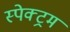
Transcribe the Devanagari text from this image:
स्‍पेक्‍ट्रम